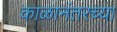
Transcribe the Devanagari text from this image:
काळानंतरच्या